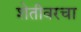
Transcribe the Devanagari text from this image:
शेतीवरचा